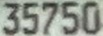
35750